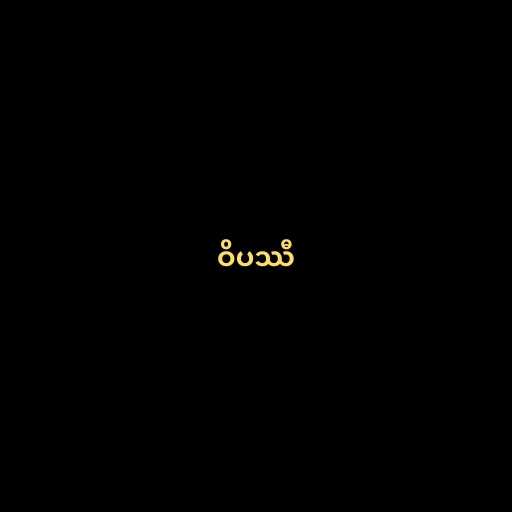
ဝိပဿီ